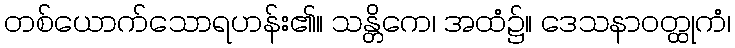
တစ်ယောက်သောရဟန်း၏။ သန္တိကေ၊ အထံ၌။ ဒေသနာဝတ္ထုကံ၊